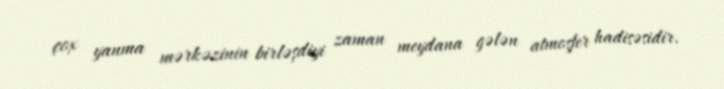
çox yanma mərkəzinin birləşdiyi zaman meydana gələn atmosfer hadisəsidir.